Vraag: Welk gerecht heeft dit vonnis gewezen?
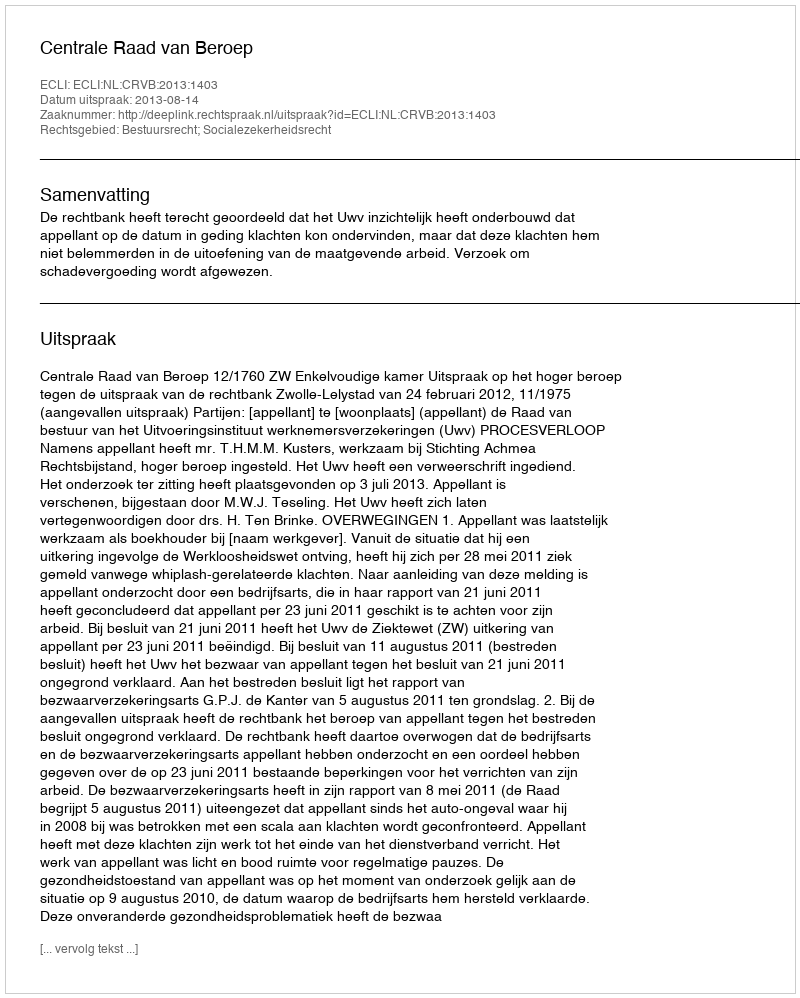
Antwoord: Centrale Raad van Beroep